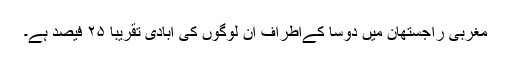
مغربی راجستھان میں دوسا کےاطراف ان لوگوں کی آبادی تقریباً ۲۵ فیصد ہے۔